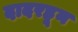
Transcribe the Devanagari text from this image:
दादरहून